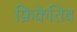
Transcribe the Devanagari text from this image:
फ्रिकेतिव